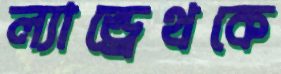
ল্যান্ড্রেথকে